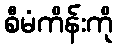
စီမံကိန်းကို